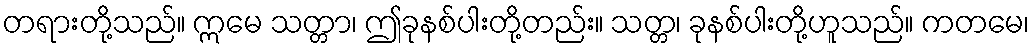
တရားတို့သည်။ ဣမေ သတ္တာ၊ ဤခုနစ်ပါးတို့တည်း။ သတ္တ၊ ခုနစ်ပါးတို့ဟူသည်။ ကတမေ၊